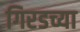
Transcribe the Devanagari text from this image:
गिरडच्या